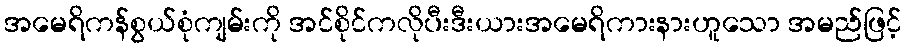
အမေရိကန်စွယ်စုံကျမ်းကို အင်စိုင်ကလိုပီးဒီးယားအမေရိကားနားဟူသော အမည်ဖြင့်